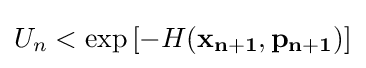
U_{n}<\exp \left[-H(\mathbf {x_{n+1}} ,\mathbf {p_{n+1})} \right]